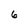
Character: 6